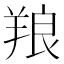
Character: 羪